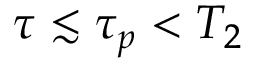
\tau \lesssim \tau _ { p } < T _ { 2 }